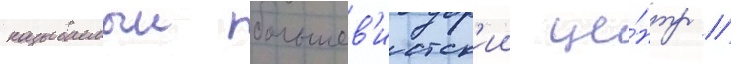
называемыи большев'истск'ии це́нтр //